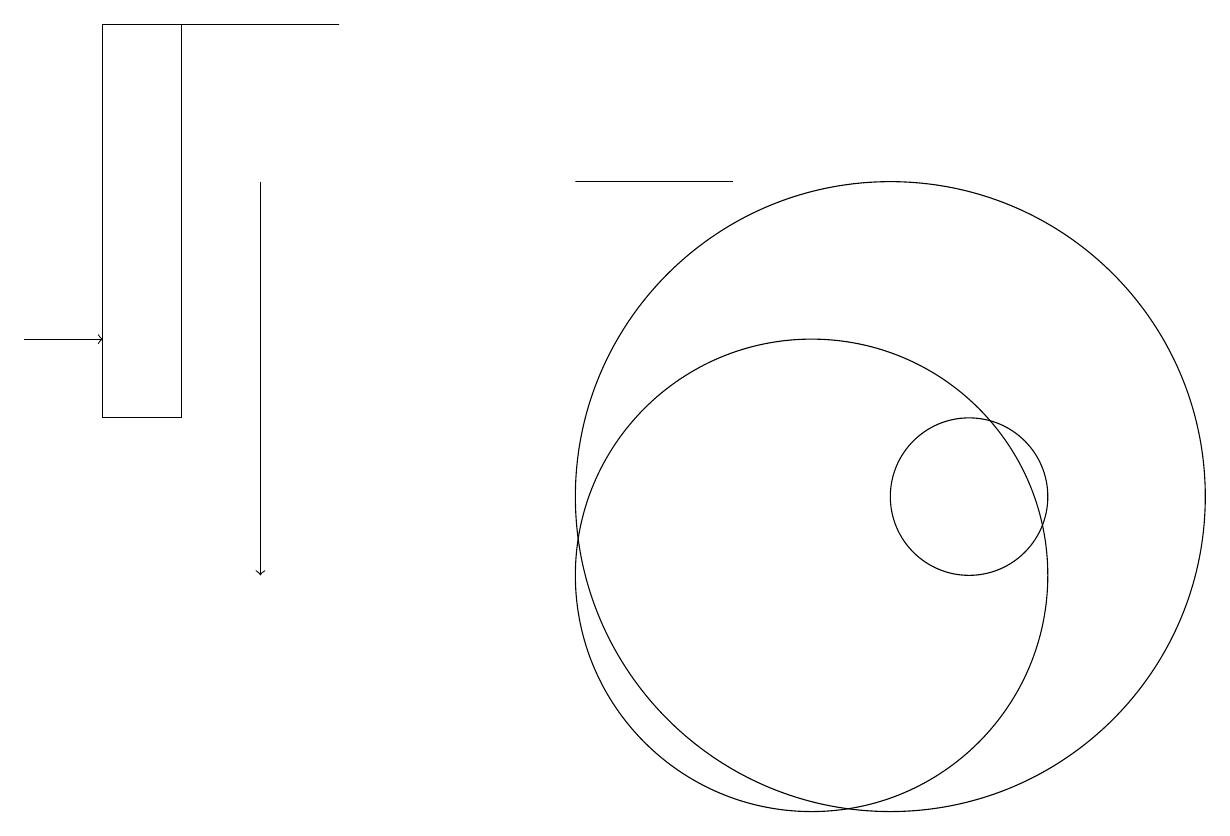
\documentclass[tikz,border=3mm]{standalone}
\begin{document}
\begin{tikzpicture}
\draw[->] (3,15) -- (3,10);
\draw (10,10) circle (3);
\draw (1,17) rectangle (2,12);
\draw (12,11) circle (1);
\draw[->] (0,13) -- (1,13);
\draw (11,11) circle (4);
\draw (9,15) rectangle (7,15);
\draw (4,17) rectangle (2,17);
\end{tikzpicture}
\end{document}